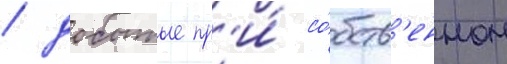
/ добытые пр'и́ со́бств'енном